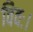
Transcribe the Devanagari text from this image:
विवः।